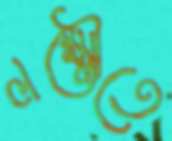
লক্ষ্মৌতে